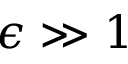
\epsilon \gg 1